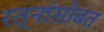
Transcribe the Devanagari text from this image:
रत्नांसोबत